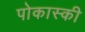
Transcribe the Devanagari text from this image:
पोकास्की